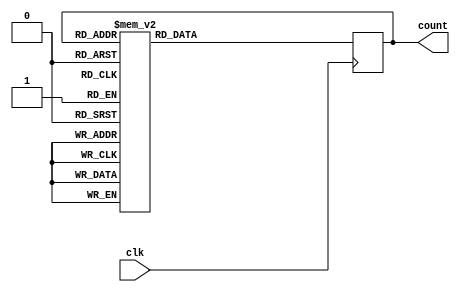
module gray_counter(
    input wire clk,
    output reg [3:0] count
);

always @(posedge clk)
begin
    count <= count + 4'b0001; // increment count by 1

    // Gray code sequence
    case(count)
        4'b0000: count <= 4'b0001;
        4'b0001: count <= 4'b0011;
        4'b0011: count <= 4'b0010;
        4'b0010: count <= 4'b0110;
        4'b0110: count <= 4'b0100;
        4'b0100: count <= 4'b0101;
        4'b0101: count <= 4'b1101;
        4'b1101: count <= 4'b1100;
        4'b1100: count <= 4'b1000;
        4'b1000: count <= 4'b1001;
        4'b1001: count <= 4'b0001;
        default: count <= 4'b0001;
    endcase
end

endmodule